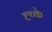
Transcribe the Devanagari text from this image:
ह्थ्के